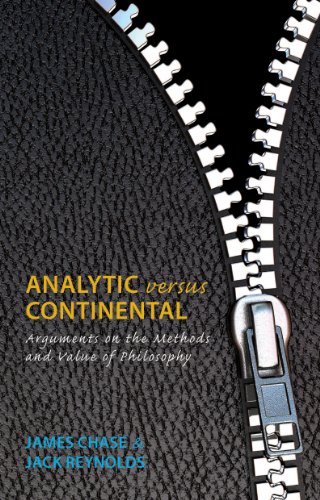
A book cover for Analytic versus Continental: Arguments on the Methods and Value of Philosophy; James Chase; Politics & Social Sciences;